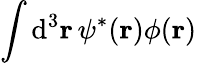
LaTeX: \int\mathrm{d}^{3}\mathbf{{r}}\, \psi^{*}(\mathbf{{r}})\phi(\mathbf{{r}})